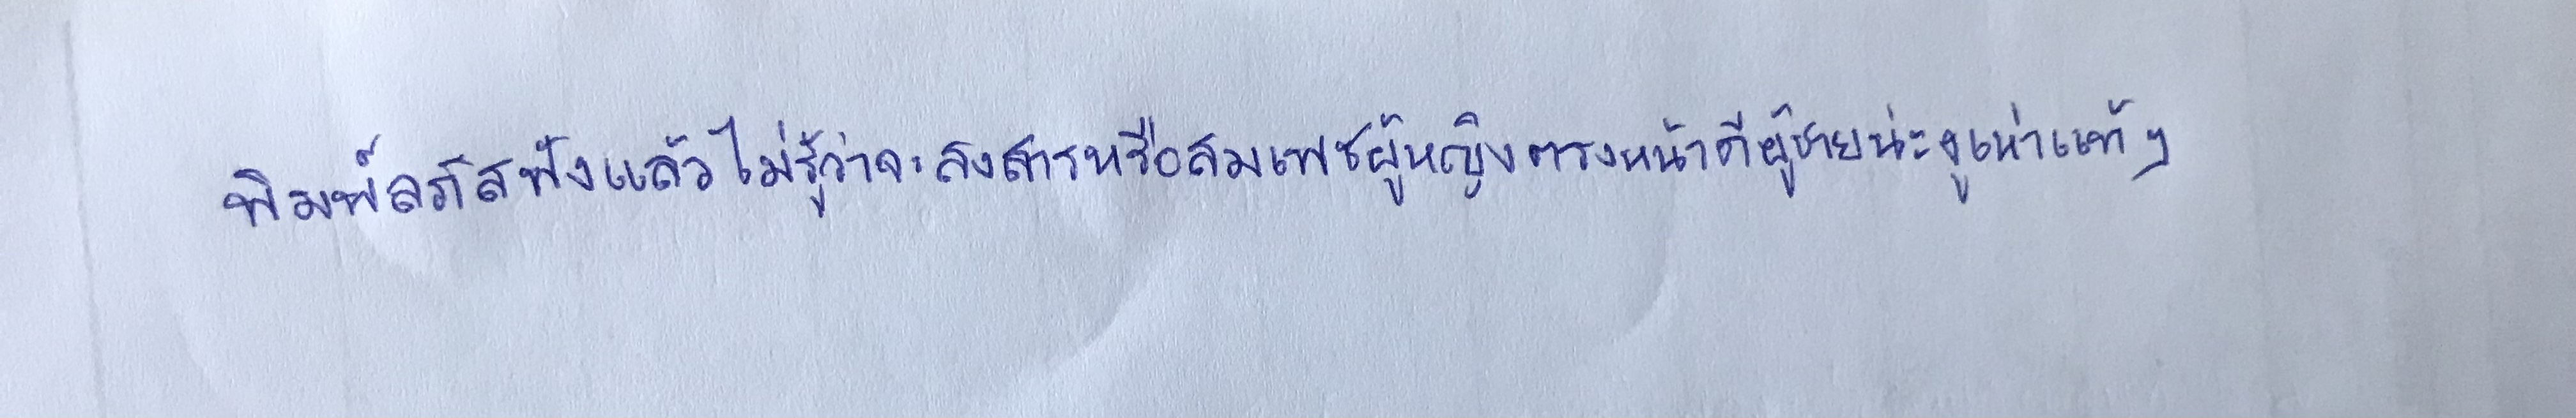
พิมพ์ลภัสฟังแล้วไม่รู้ว่าจะสงสารหรือสมเพชผู้หญิงตรงหน้าดีผู้ชายน่ะงูเห่าแท้ๆ